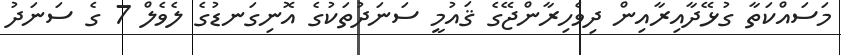
މަސައްކަތާ ގުޅޭދާއިރާއިން ދިވެހިރާންޖޭގެ ޤައުމީ ސަނަދުތަކުގެ އޮނިގަނޑުގެ ލެވެލް 7 ގެ ސަނަދު